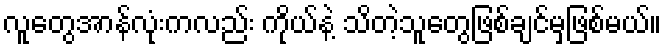
လူတွေအာန်လုံးကလည်း ကိုယ်နဲ့ သိတဲ့သူတွေဖြစ်ချင်မှဖြစ်မယ်။